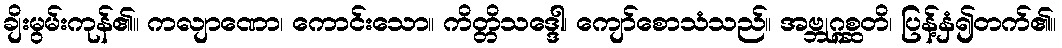
ချိးမွမ်းကုန်၏။ ကလျာဏော၊ ကောင်းသော။ ကိတ္တိသဒ္ဒေါ၊ ကျော်စောသံသည်။ အဗ္ဘုဂ္ဂစ္ဆတိ၊ ပြန့်နှံ၍တက်၏။